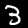
Label: 3